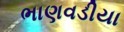
ભાણવડીયા